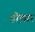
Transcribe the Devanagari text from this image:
हो़णार